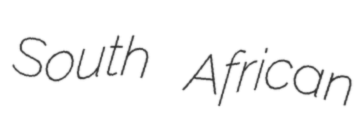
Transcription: South African